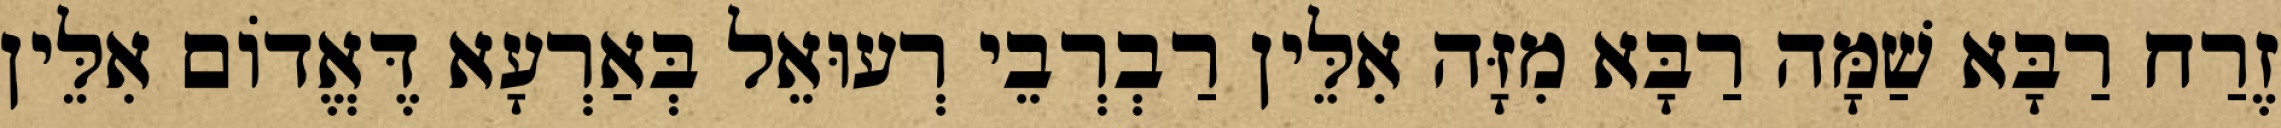
זֶרַח רַבָּא שַׁמָּה רַבָּא מִזָּה אִלֵּין רַבְרְבֵי רְעוּאֵל בְּאַרְעָא דֶּאֱדוֹם אִלֵּין